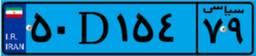
۹۱D۲۹۸۵۵